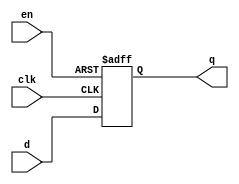
module jic(
    input clk,
	 input en,
	 input [3:0] d,
	 output reg [3:0] q
	 );
	 always @(posedge clk or posedge en)
	   begin
		 if(en)
		  q<=0;
		 else
		  q<=d;
		end
endmodule